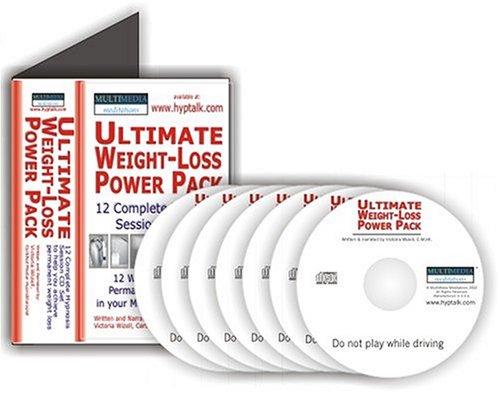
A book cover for Ultimate Weight Loss Power Pack; Victoria Wizell; Health, Fitness & Dieting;